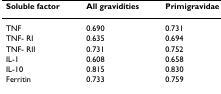
| Soluble factor | All gravidities | Primigravidae |
 | --- | --- | --- |
 | TNF | 0.690 | 0.731 |
 | TNF- RI | 0.635 | 0.694 |
 | TNF- RII | 0.731 | 0.752 |
 | IL-1 | 0.608 | 0.658 |
 | IL-10 | 0.815 | 0.830 |
 | Ferritin | 0.733 | 0.759 |